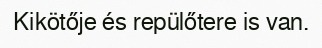
Kikötője és repülőtere is van.